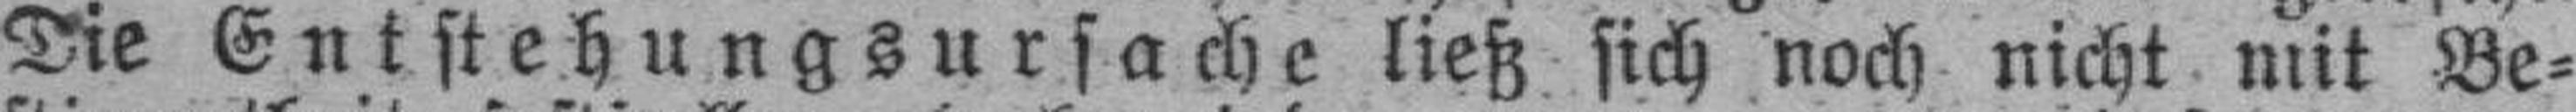
Die Entstehungsursache ließ sich noch nicht mit Be¬